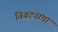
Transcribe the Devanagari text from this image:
बिबट्यांचा